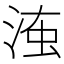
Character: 𣶨